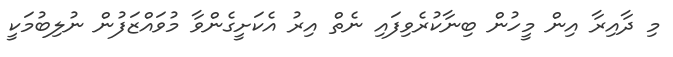
މި ދާއިރާ އިން މީހުން ބިނާކުރެވިފައި ނެތް އިރު އެކަށީގެންވާ މުވައްޒަފުން ނުލިބުމަކީ